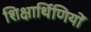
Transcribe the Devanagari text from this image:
शिक्षार्थिणियों